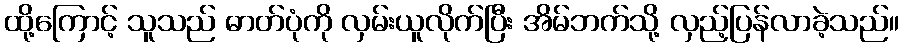
ထို့ကြောင့် သူသည် ဓာတ်ပုံကို လှမ်းယူလိုက်ပြီး အိမ်ဘက်သို့ လှည့်ပြန်လာခဲ့သည်။